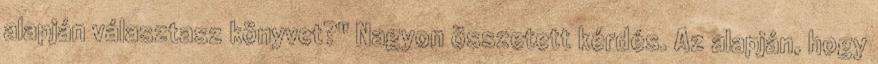
alapján választasz könyvet?" Nagyon összetett kérdés. Az alapján, hogy